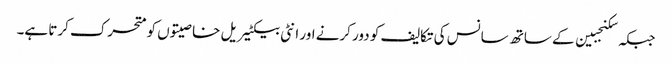
جبکہ سکنجبین کے ساتھ سانس کی تکالیف کو دور کرنے اور انٹی بیکٹیریل خاصیتوں کو متحرک کرتا ہے۔